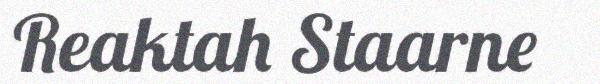
Reaktah Staarne